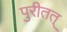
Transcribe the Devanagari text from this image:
पुरीतत्